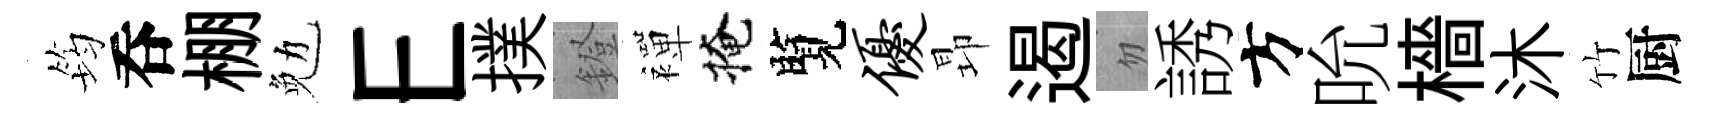
筠呑棚勉E撲鐙襌掩覽优昻遏忽誘方吮檣沐竹厨